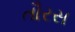
તૌરસ